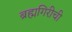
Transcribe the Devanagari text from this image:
ब्रह्मगिरीची